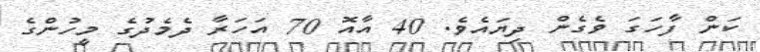
ކަން ފާހަގަ ވެގެން ދިޔައެވެ. 40 އާއޮ 70 އަހަރާ ދެމެދުގެ މީހުންގެ